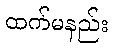
ထက်မနည်း